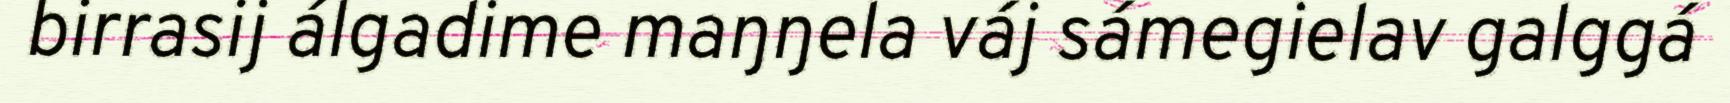
birrasij álgadime maŋŋela váj sámegielav galggá